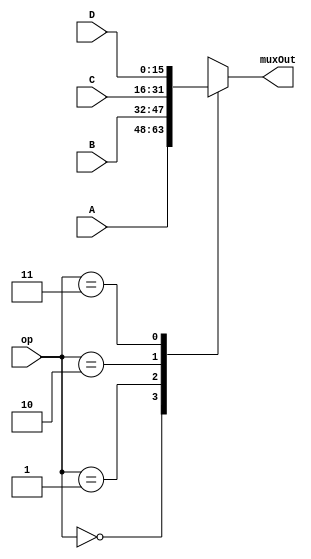
`timescale 1ns / 1ns



module ACC_mux(
		op,
		A,
      B,
      C,
      D,
    muxOut
    );
     
  input[1:0] op; //acc source
  input[15:0] A; //ra out
  input[15:0] B; //inst register out (SE)
  input[15:0] C; //MDR out
  input[15:0] D; //ALU out 
     
  output reg[15:0] muxOut;



 always @(op, A, B, C, D) begin // do we also need our mux to be sensitive to ABCDE here?
    case (op)
      0: muxOut = A;
      1: muxOut = B;
      2: muxOut = C;
      3: muxOut = D;   
    endcase
  end



endmodule